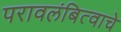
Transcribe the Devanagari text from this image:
परावलंबित्वाचे